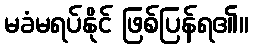
မခံမရပ်နိုင် ဖြစ်ပြန်ရ၏။